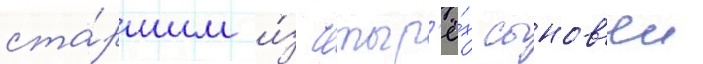
ста́ршим и́з четыр'ё́х сынов'еи